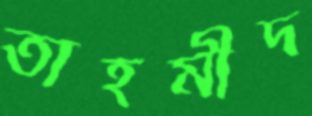
তাহমীদ